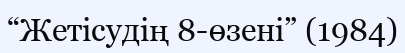
“Жетісудің 8-өзені” (1984)